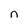
Character: n